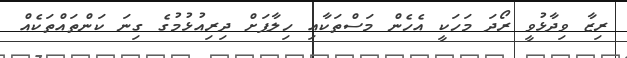
ރިޒާ ވިދާޅުވީ ރޯދަ މަހަކީ އެހެން މަސްތަކާއި ހިލާފަށް ދިރިއުޅުމުގެ ގިނަ ކަންތައްތަކެއް